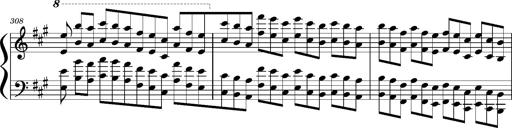
Title: Concerto sans orchestre, S.524a
Composer: Franz Liszt
Key: A major